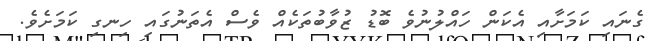
ގެނައި ކަމަށާއި އެކަން ހައްލުނުވެ ބޮޑު ޒުވާބުތަކެއް ވެސް އެތަނުގައި ހިނގި ކަމަށެވެ.